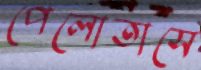
পেলোতাসে